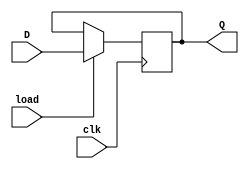
`timescale 1ns / 1ps
module loadreg(
    input clk, load,     
    input [15:0]D,     
    output reg [15:0]Q); 
    
    initial  Q = 0;
    always @(posedge clk) begin     
        if(load) 
            Q <= D;  
    end 
        
    endmodule